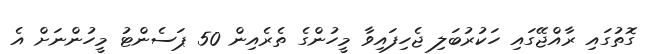
ގޮތުގައި ރާއްޖޭގައި ހަކުރުބަލި ޖެހިފައިވާ މީހުންގެ ތެރެއިން 50 ޕަސެންޓު މީހުންނަށް އެ